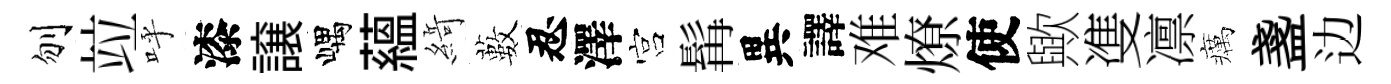
刎竝呼漆譲嵎藴𦂶藪忍澤宫髯異譯难燎使歟㕠凛癘盞边